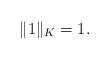
LaTeX: \begin{align*}\|1\|_{K}=1.\end{align*}